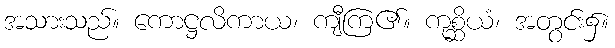
အသားသည်။ ကောဋ္ဌလိကာယ၊ ကျီကြ၏။ ကုစ္ဆိယံ၊ အတွင်း၌။